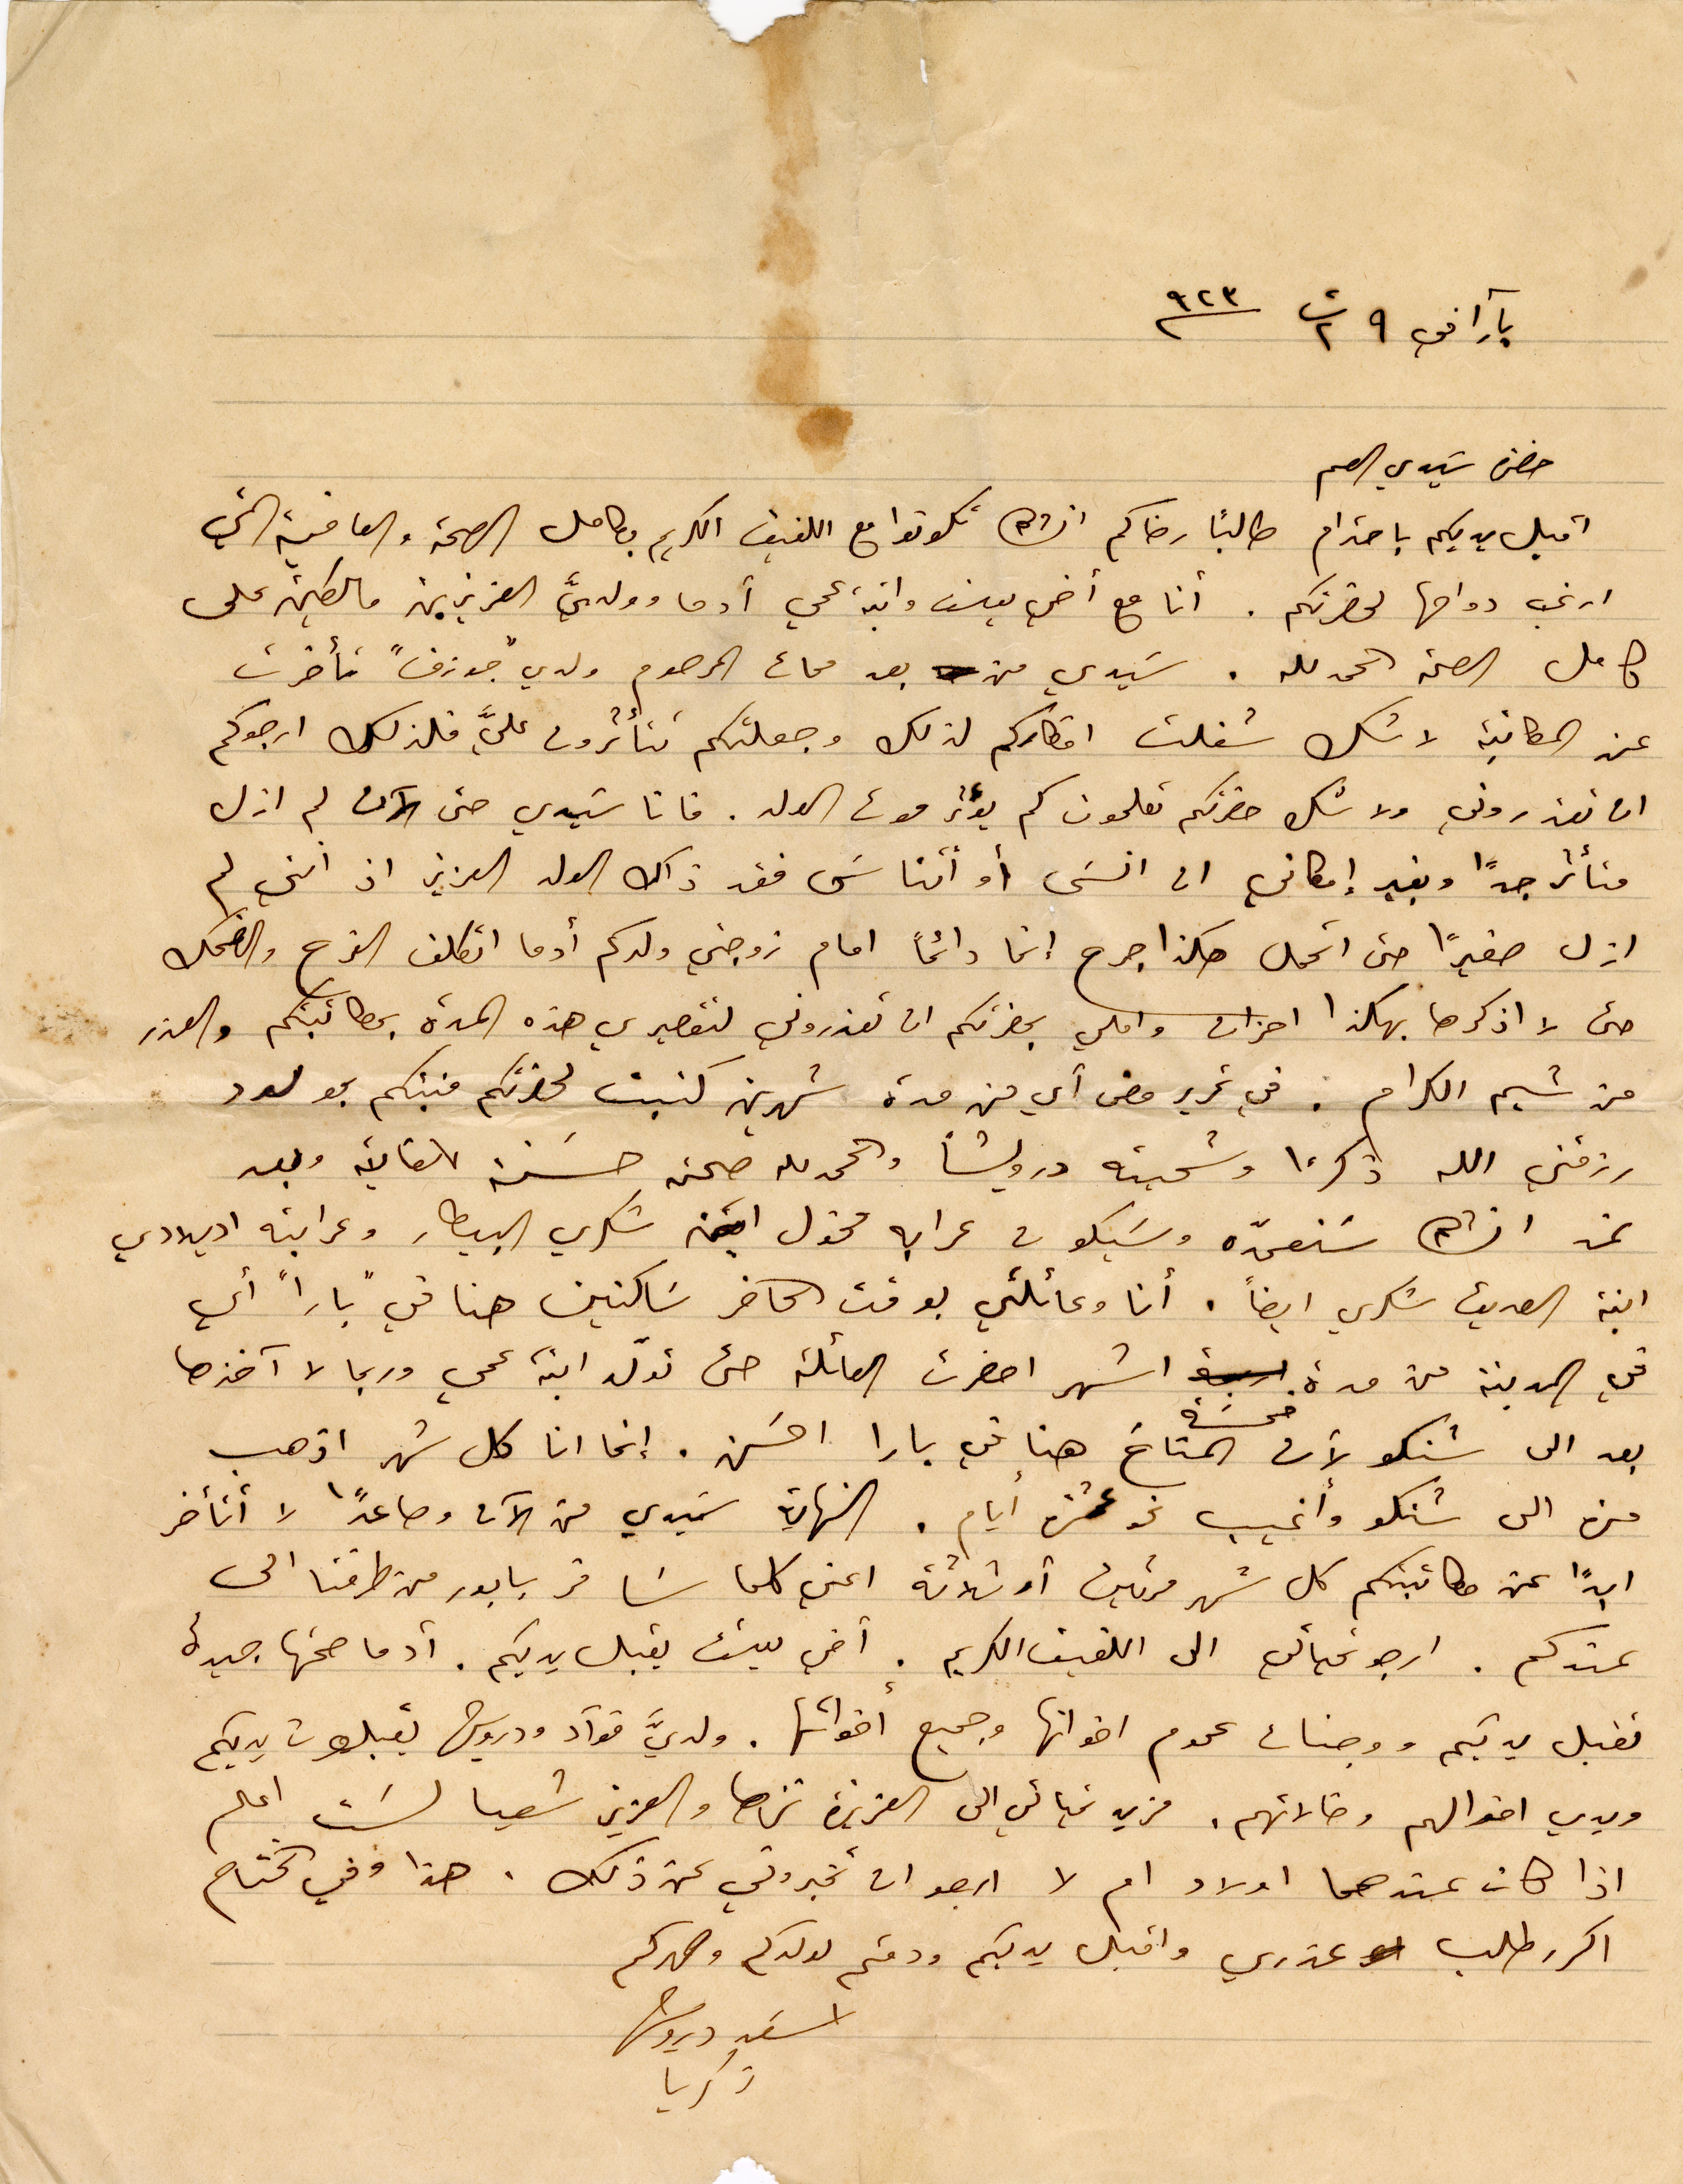
بآرا في ٩ ت٢ ٩٢٣
حضرة سَيدي العم
اقبل ايديكم باحترام طالباً رضاكم انشالله تكونوا مع اللفيف الكريم بكامل الصحة والعافية التي
ارغب دوامها لحضرتكم. انا مع اخي يوسف وابنة عمي أدما وولدي العزيزين مالكين على
كامل الصحة الحمد لله. سَيدي من بعد مماة المرحوم ولدي "جوزف" تأخرت
عن المكاتبة لا شك شغلت اقطاركم لذلك وجعلتكم تتأثرون عليًَ فلذلك ارجوكم
ان تعذروني ولا شك حضرتكم تعلمون كم يؤثر موت الولد. فانا سيدي حتى الان لم ازل
متأثرا جدًا وبغير امكاني ان انسَى او اتناسَ فقد ذاك الولد العزيز اذ انني لم
ازل صغيرًا حتى اتحمل هكذا جرح انما دائمًا اما زوجتي ولدكم أدما اتكلف الفرح والضحك
حتى لا اذكرها بهكذا احزان واملي بحضرتكم ان تعذروني لتقصيري هذه المدة بمطالبتكم والعذر
من شيم الكرام. في تحرير مضى أي من مدة شهرين كتبت لحضرتكم منبئكم بمولود
رزقني الله ذكرًا وسميته درويشاً والحمدلله صحته حسنة للغاية وبعد
غد انشالله سَنعمدّه وسَيكون عرابه مخول ابن شكري البيطار وعرابته اديلادي
ابنة الصديق شكري ايضاً. أنا وعائلتي بوقت الحاضر سَاكنين هنا في "بارا" أي
في المدينة من مدة خمسَة أشهر احضرت العائلة حتى تولد ابنة عمي وريما لا آخذها
بعد الى شنكو لأن المناخ هنا في بارا احسن. إنما انا كل شهر اذهب
مرة الى شنكو وأغيب نحو عشرة أيام. النهاية سَيدي من الآن وصاعدًا لا أتأخر
ابدًا عن مكاتبتكم كل شهر مرتين أو ثلاثة اعني كلما سَافر بابور من طرفنا الى
عندكم. ارجو تحياتي الى اللفيف الكريم. اخي يوسف يقبل يديكم. أدما صحتها جيدة
تقبل يديكم ووجنات عموم اخوانها وجميع اخواتها. ولديَّ فؤاد ودرويش يقبلون يديكم
ويدي اخوالهم وخالاتهم. مزيد تحياتي الى العزيزة نزها والعزيز شعيا لسَت اعلم
اذا كان عندها اولاد ام لا ارجو ان تخبروني عن ذلك. هذا وفي الختام
اكرر طلب عذري واقبل يديكم ودمتم لولدكم وصهركم
اسَعد درويش
زكريا